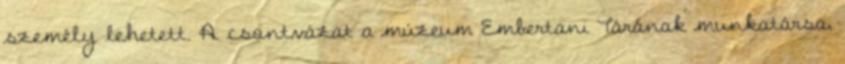
személy lehetett. A csontvázat a múzeum Embertani Tárának munkatársa,